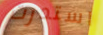
استدرت